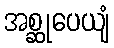
အစ္ဆုပေယျံ